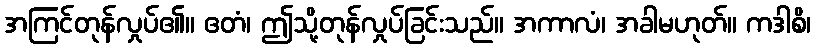
အကြင်တုန်လှုပ်၏။ ဧတံ၊ ဤသို့တုန်လှုပ်ခြင်းသည်။ အကာလံ၊ အခါမဟုတ်။ ကဒါစိ၊